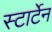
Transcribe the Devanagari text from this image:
स्टार्टेन